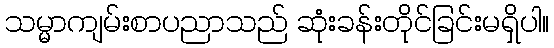
သမ္မာကျမ်းစာပညာသည် ဆုံးခန်းတိုင်ခြင်းမရှိပါ။